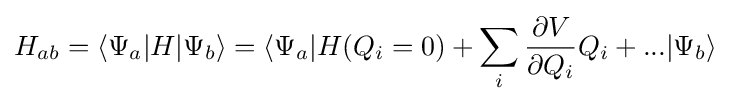
H_{ab}=\langle \Psi _{a}|H|\Psi _{b}\rangle =\langle \Psi _{a}|H(Q_{i}=0)+\sum _{i}{\frac {\partial V}{\partial Q_{i}}}Q_{i}+...|\Psi _{b}\rangle